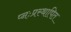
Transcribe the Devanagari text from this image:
प्नःप्रस्थापित